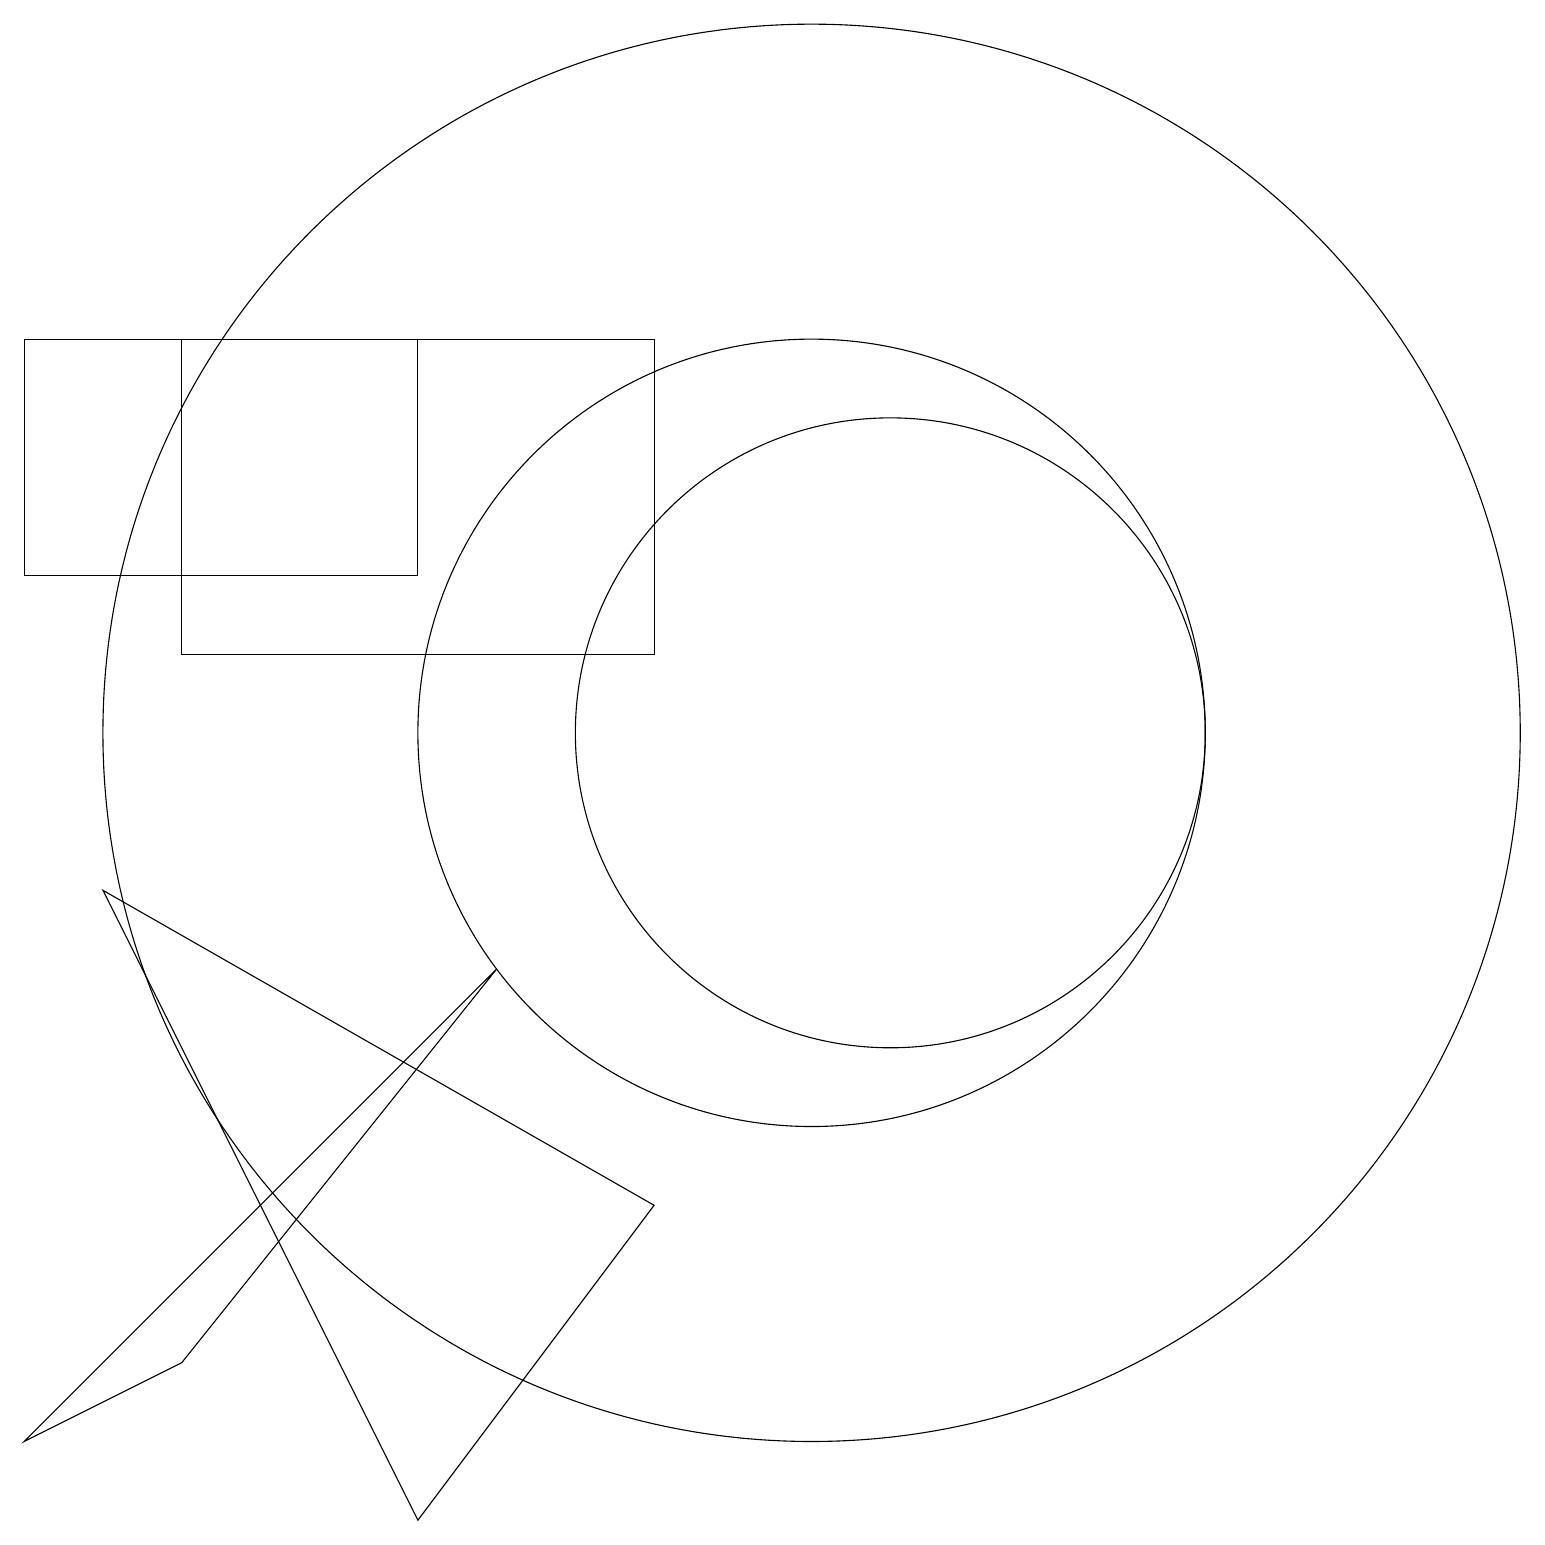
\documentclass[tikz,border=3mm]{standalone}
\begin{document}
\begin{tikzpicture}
\draw (1,8) -- (5,0) -- (8,4) -- cycle;
\draw (10,10) circle (9);
\draw (10,10) circle (5);
\draw (8,15) rectangle (2,11);
\draw (0,15) rectangle (5,12);
\draw (0,1) -- (2,2) -- (6,7) -- cycle;
\draw (11,10) circle (4);
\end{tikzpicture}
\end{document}